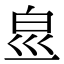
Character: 𤽋